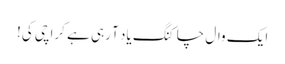
ایک وال چاکنگ یاد آ رہی ہے کراچی کی!